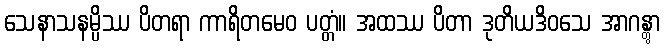
သေနာသနမ္ပိဿ ပိတရာ ကာရိတမေဝ ပတ္တံ။ အထဿ ပိတာ ဒုတိယဒိဝသေ အာဂန္တွာ